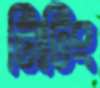
নিটিং